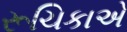
રૂચિકાએ